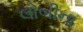
લોબીના